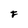
Character: F